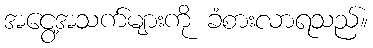
အငွေ့အသက်များကို ခံစားလာရသည်။